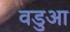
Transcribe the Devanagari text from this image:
वडुआ